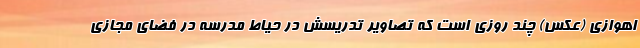
اهوازی (عکس) چند روزی است که تصاویر تدریسش در حیاط مدرسه در فضای مجازی